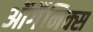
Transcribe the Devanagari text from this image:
ऑर्गैनिक्स